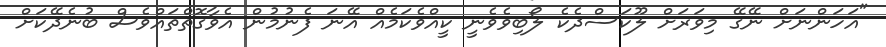
"އަހަންނަށް ނޭގޭ މިވަރަށް ލޫކަސްދެކެ ލޯބިވެވެނީ ކީއްވެކަމެއް އޭނަ ފެނުމުން އެވާގޮތްތައްވެސް ބުނެދޭކަށް